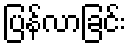
ပြန်လာခြင်း